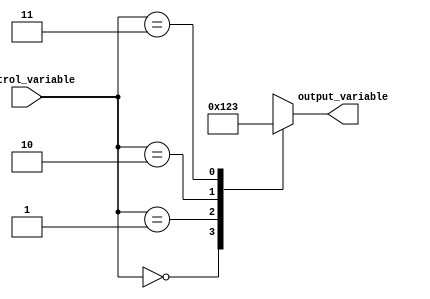
module simple_case_statement (
    input [1:0] control_variable,
    output reg [3:0] output_variable
);

always @(*) begin
    case (control_variable)
        2'b00: output_variable = 4'b0000;
        2'b01: output_variable = 4'b0001;
        2'b10: output_variable = 4'b0010;
        2'b11: output_variable = 4'b0011;
        default: output_variable = 4'bxxxx; // handle unexpected input
    endcase
end

endmodule